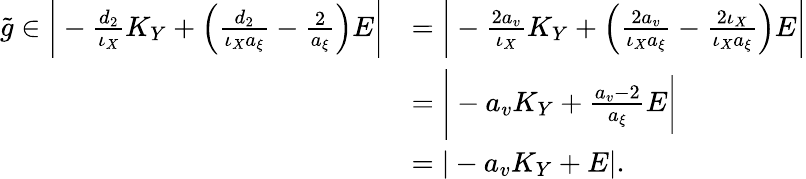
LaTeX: \begin{array}{rl}{\widetilde{g}\in\bigg|-\frac{d_{2}}{\iota_{X}}K_{Y}+\Big(\frac{d_{2}}{\iota_{X}a_{\xi}}-\frac{2}{a_{\xi}}\Big)E\bigg|}&{=\bigg|-\frac{2a_{v}}{\iota_{X}}K_{Y}+\Big(\frac{2a_{v}}{\iota_{X}a_{\xi}}-\frac{2\iota_{X}}{\iota_{X}a_{\xi}}\Big)E\bigg|}\\ &{=\Bigg|-a_{v}K_{Y}+\frac{a_{v}-2}{a_{\xi}}E\bigg|}\\ &{=|-a_{v}K_{Y}+E|.}\end{array}